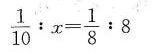
$$ \frac { 1 } { 10 } : x = \frac { 1 } { 8